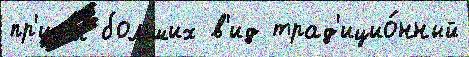
пр'иш́л больших в'ид трад'ицио́нный